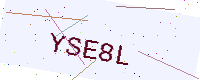
Text: YSE8L